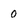
Character: 0